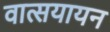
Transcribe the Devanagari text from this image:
वात्सयायन